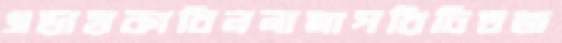
এড়ায়কাবিননামাপরিচিতজ